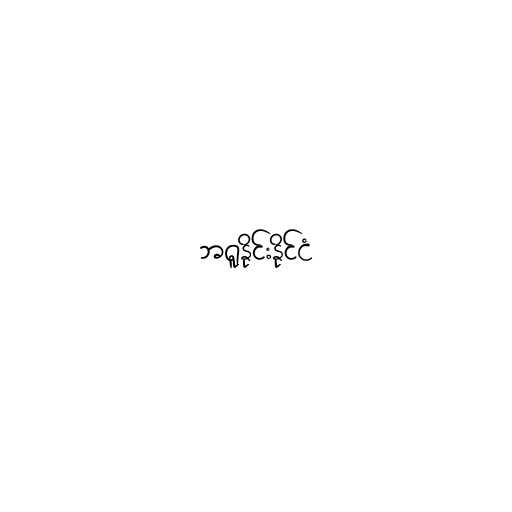
ဘရူနိုင်းနိုင်ငံ